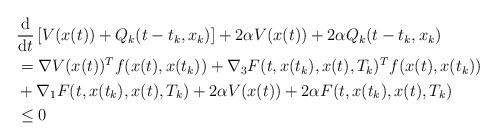
LaTeX: \begin{align*}&\frac{\textrm d}{\textrm dt} \left[V(x(t))+Q_k(t-t_k,x_{k})\right]+2\alpha V(x(t)) + 2\alpha Q_k(t-t_k,x_{k})\\&=\nabla V(x(t))^T f(x(t),x(t_k)) + \nabla_3 F(t,x(t_k),x(t),T_k)^T f(x(t),x(t_k))\\ &+ \nabla_1 F(t,x(t_k),x(t),T_k) +2\alpha V(x(t)) + 2\alpha F(t,x(t_k),x(t),T_k)\\&\le 0\end{align*}